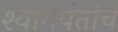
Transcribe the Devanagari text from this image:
श्यामपंतांचे